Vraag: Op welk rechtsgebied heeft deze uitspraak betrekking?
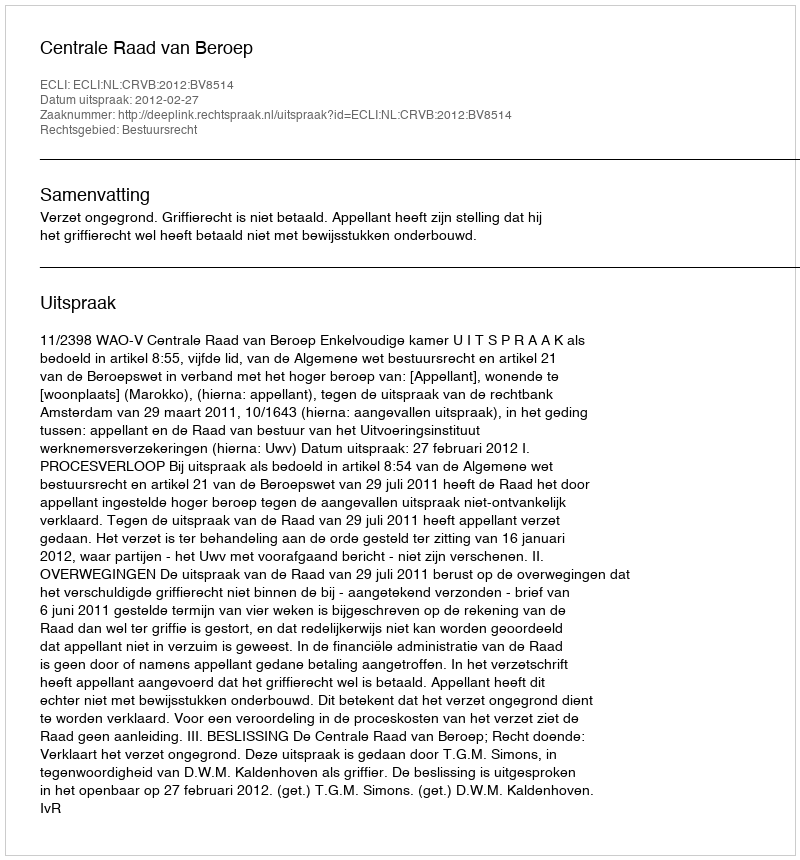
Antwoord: Bestuursrecht